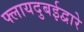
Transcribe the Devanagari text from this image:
फ्लायदुबईद्वारे